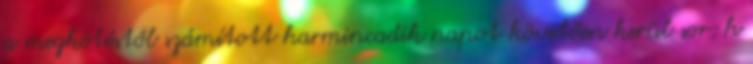
a megkötéstől számított harmincadik napot követően kerül sor; h